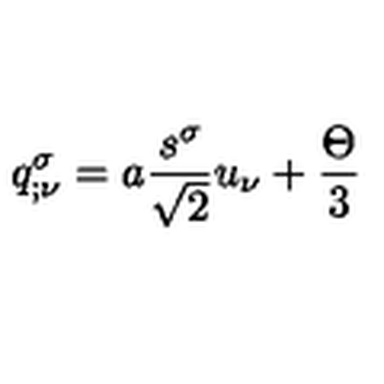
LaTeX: q _ { ; \nu } ^ { \sigma } = a \frac { s ^ { \sigma } } { \sqrt { 2 } } u _ { \nu } + \frac { \Theta } { 3 }